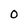
Character: O